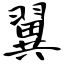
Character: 翼